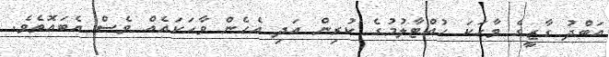
އަބްދު ގާޒީގެ ވާހަކަ ހުއްޓާލުމުގެ ކުރިން އަދި އެހެން ވާހަކައެއް ވެސް އެބައޮތެވެ.